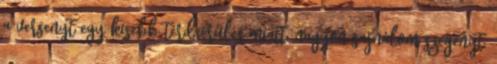
a versenyt egy kisebb térdsérülés miatt, nagyon sajnálom szegényt,